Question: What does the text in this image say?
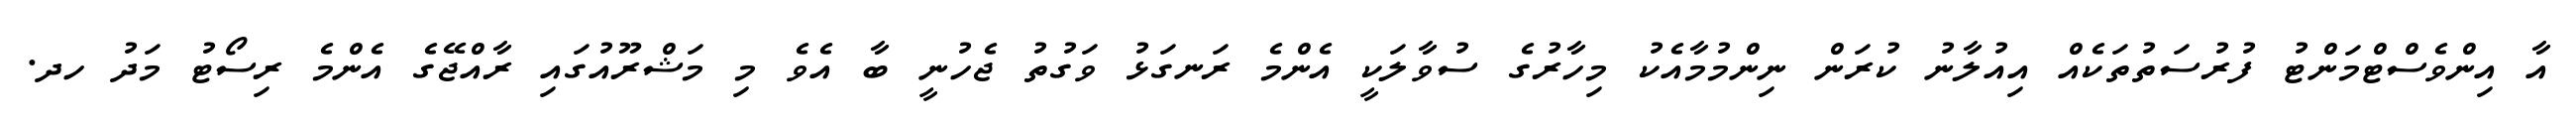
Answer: އާ އިންވެސްޓްމަންޓު ފުރުސަތުތަކެއް އިއުލާނު ކުރަން ނިންމުމާއެކު މިހާރުގެ ސުވާލަކީ އެންމެ ރަނގަޅު ވަގުތު ޖެހުނީ ބާ އެވެ މި މަޝްރޫއުގައި ރާއްޖޭގެ އެންމެ ރިސޯޓު މަދު ހދ.